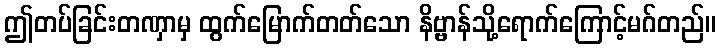
ဤတပ်ခြင်းတဏှာမှ ထွက်မြောက်တတ်သော နိဗ္ဗာန်သို့ရောက်ကြောင့်မဂ်တည်။